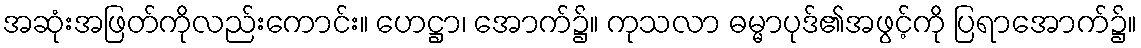
အဆုံးအဖြတ်ကိုလည်းကောင်း။ ဟေဋ္ဌာ၊ အောက်၌။ ကုသလာ ဓမ္မာပုဒ်၏အဖွင့်ကို ပြရာအောက်၌။